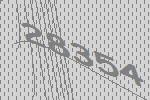
28354